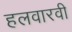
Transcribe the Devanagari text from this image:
हलवारवी